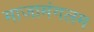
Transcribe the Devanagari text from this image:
माजामंगलम